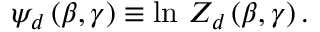
\psi _ { d } \, ( \beta , \gamma ) \equiv \ln \, Z _ { d } \, ( \beta , \gamma ) \, .